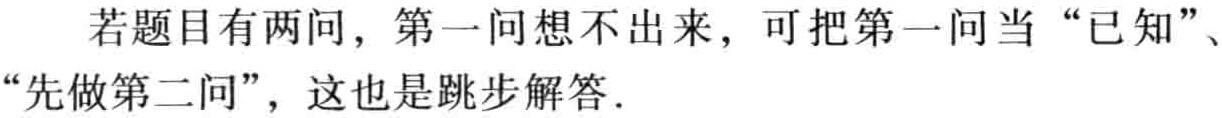
若题目有两问，第一问想不出来，可把第一问当“已知”、“先做第二问”，这也是跳步解答．